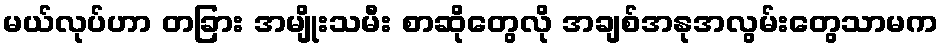
မယ်လုပ်ဟာ တခြား အမျိုးသမီး စာဆိုတွေလို အချစ်အနုအလွမ်းတွေသာမက